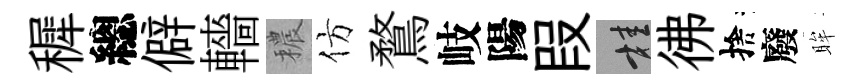
穉總僻轖穠仿鶩岐陽叚桂彿捨廢眸